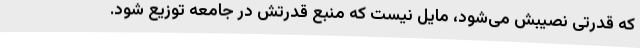
که قدرتی نصیبش می‌شود، مایل نیست که منبع قدرتش در جامعه توزیع شود.